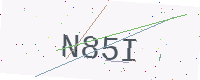
Text: N85I